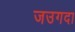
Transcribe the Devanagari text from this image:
जउगदा